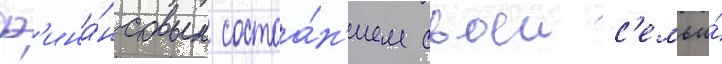
ф'ина́нсовым состоа́н'ием своеи с'емьи́